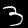
Digit: 3